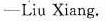
—— Liu Xiang.